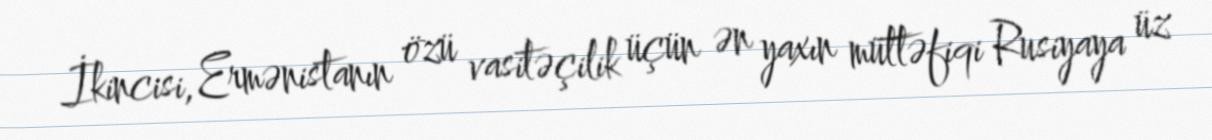
İkincisi, Ermənistanın özü vasitəçilik üçün ən yaxın müttəfiqi Rusiyaya üz